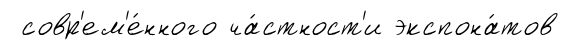
совр'ем'е́нного ча́стност'и экспона́тов